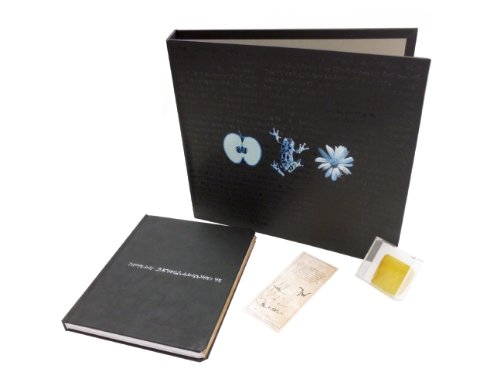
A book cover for Fringe: September's Notebook; Tara Bennett; Humor & Entertainment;